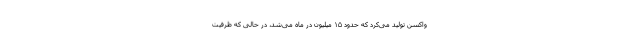
واکسن تولید می‌کرد که حدود ۱۵ میلیون در ماه می‌شد، در حالی که ظرفیت